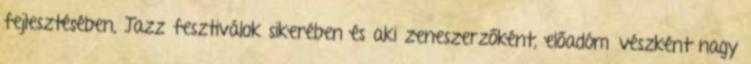
fejlesztésében, Jazz fesztiválok sikerében és aki zeneszerzőként, előadóművészként nagy